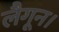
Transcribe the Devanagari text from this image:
लैगून।